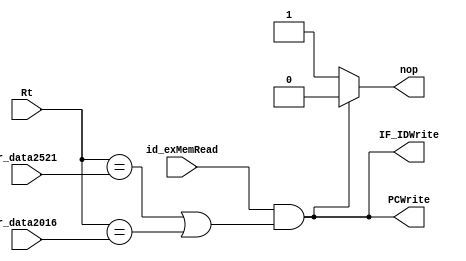
`timescale 1ns / 1ps
//////////////////////////////////////////////////////////////////////////////////
// Company: 
// Engineer: 
// 
// Design Name: 
// Module Name: hazard_detection
// Project Name: 
// Target Devices: 
// Tool Versions: 
// Description: 
// 
// Dependencies: 
// 
// Revision:
// Revision 0.01 - File Created
// Additional Comments:
// 
//////////////////////////////////////////////////////////////////////////////////


module hazard_detection(r_data2521, r_data2016, Rt, id_exMemRead, PCWrite, IF_IDWrite, nop);
    input [4:0] r_data2521, r_data2016,Rt;
    input id_exMemRead;
    output PCWrite, IF_IDWrite, nop;
    
    assign nop = (id_exMemRead & ((Rt == r_data2521) | (Rt == r_data2016)))? 0: 1;
    assign PCWrite = ~nop;
    assign IF_IDWrite = ~nop;
    
endmodule